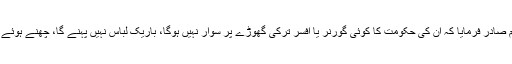
خلیفہ ثانی حضرت عمرؓ بن الخطاب خلافت کے منصب پر فائز ہوئے تو حکم صادر فرمایا کہ ان کی حکومت کا کوئی گورنر یا افسر ترکی گھوڑے پر سوار نہیں ہوگا، باریک لباس نہیں پہنے گا، چھنے ہوئے آٹے کی روٹی نہیں کھائے گا، اور اپنے دروازے پر ڈیوڑھی نہیں بنائے گا۔